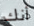
أنك